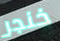
خنجر